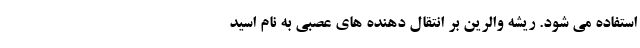
استفاده می شود. ریشه والرین بر انتقال دهنده های عصبی به نام اسید